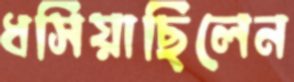
ধসিয়াছিলেন